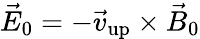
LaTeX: \vec{E}_{0}=-\vec{v}_{\mathrm{{up}}}\times\vec{B}_{0}